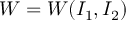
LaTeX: W = W ( I _ { 1 } , I _ { 2 } )